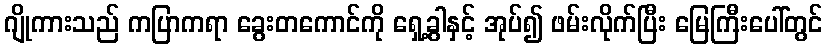
ဂျိုကားသည် ကပြာကရာ ခွေးတကောင်ကို ရှေ့ခွါနှင့် အုပ်၍ ဖမ်းလိုက်ပြီး မြေကြီးပေါ်တွင်